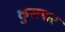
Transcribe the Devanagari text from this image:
कुसमार